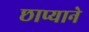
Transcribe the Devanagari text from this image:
छाप्याने